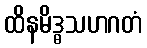
ထိနမိဒ္ဓသဟဂတံ